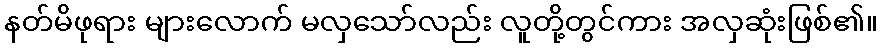
နတ်မိဖုရား များလောက် မလှသော်လည်း လူတို့တွင်ကား အလှဆုံးဖြစ်၏။